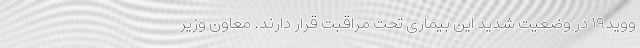
ووید۱۹ در وضعیت شدید این بیماری تحت مراقبت قرار دارند. معاون وزیر